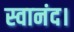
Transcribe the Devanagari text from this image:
स्वानंद।